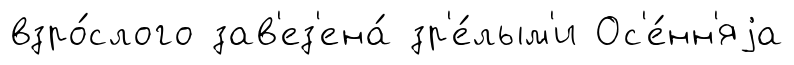
взро́слого зав'ез'ена́ зр'е́лым'и Ос'е́нн'яjа